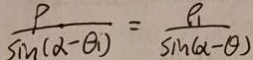
\frac { \rho } { \sin ( \alpha - \theta _ { 1 } ) } = \frac { \rho _ { 1 } } { \sin ( \alpha - \theta ) }